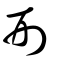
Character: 刑